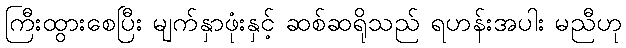
ကြီးထွားစေပြီး မျက်နှာဖုံးနှင့် ဆစ်ဆရိုသည် ရဟန်းအပါး မညီဟု